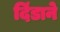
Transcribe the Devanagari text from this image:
दिंडाने